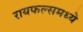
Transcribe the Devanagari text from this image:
रायफल्समध्ये